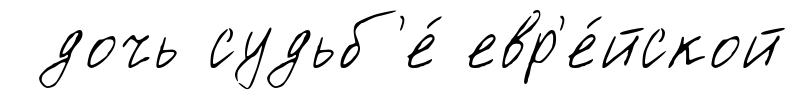
дочь судьб'е́ евр'е́йской